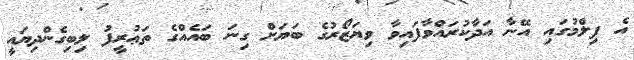
އެ ފިލްމުގައި އޭނާ އަދާކުރައްވާފައިވާ ވިޔަޒޯރުގެ ބަޔަށް ގިނަ ބައެއްގެ ތަޢުރީފު ލިބިގެންދިޔައީ